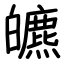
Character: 皫